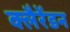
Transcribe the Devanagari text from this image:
क्लैरेंडन